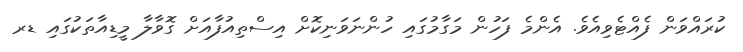
ކުރައްވަން ފެއްޓެވިއެވެ. އެންމެ ފަހުން މަގާމުގައި ހުންނަވަނިކޮށް އިސްތިއުފާއަށް ގޮވާލާ މީޑިއާތަކުގައި ޑރ